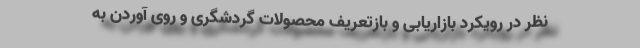
نظر در رویکرد بازاریابی و بازتعریف محصولات گردشگری و روی آوردن به